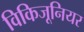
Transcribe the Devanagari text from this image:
विकिजूनियर